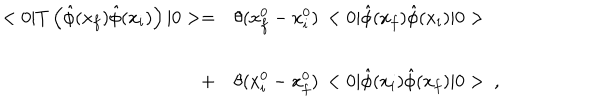
\begin{array} { r l } { { < 0 | T \left( \hat { \phi } ( x _ { f } ) \hat { \phi } ( x _ { i } ) \right) | 0 > = } } & { { \theta ( x _ { f } ^ { 0 } - x _ { i } ^ { 0 } ) \, < 0 | \hat { \phi } ( x _ { f } ) \hat { \phi } ( x _ { i } ) | 0 > } } \\ { { } } & { { } } \\ { { + } } & { { \theta ( x _ { i } ^ { 0 } - x _ { f } ^ { 0 } ) \, < 0 | \hat { \phi } ( x _ { i } ) \hat { \phi } ( x _ { f } ) | 0 > \ , } } \\ \end{array}